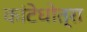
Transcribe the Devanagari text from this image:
कांटेधोत्रा